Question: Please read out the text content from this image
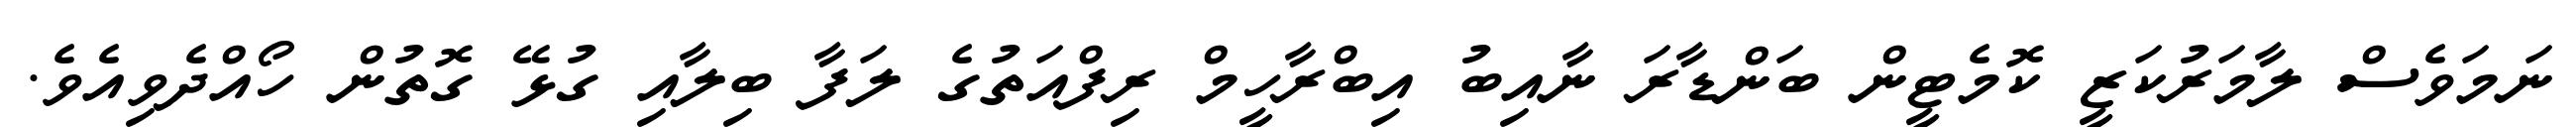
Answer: ނަމަވެސް ލާމަރުކަޒީ ކޮމެޓީން ބަންޑާރަ ނާއިބު އިބްރާހީމް ރިފްއަތުގެ ލަފާ ބިލާއި ގުޅޭ ގޮތުން ހޯއްދެވިއެވެ.